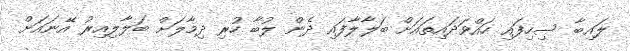
ލައިބާ ސިހިފައި ހައްވަދައިތައަށް ބަލާލާފައި ދެން ލުބާ ހުރި ދިމާލަށް ބަލާލިއިރު އޭނައަށް